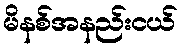
မိနစ်အနည်းငယ်